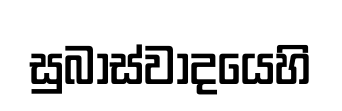
සුබාස්වාදයෙහි